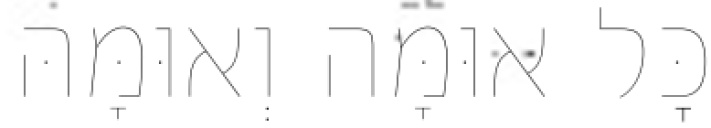
כׇּל אוּמָּה וְאוּמָּהּ